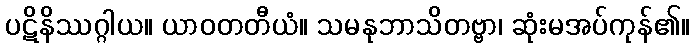
ပဋိနိဿဂ္ဂါယ။ ယာဝတတီယံ။ သမနုဘာသိတဗ္ဗာ၊ ဆုံးမအပ်ကုန်၏။